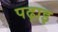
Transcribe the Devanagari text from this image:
पढ़ाइ